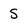
Character: S